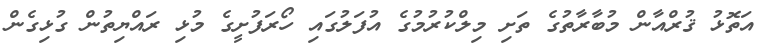
އަތޮޅު ޤުރްއާން މުބާރާތުގެ ތަށި މިލްކުރުމުގެ އުފަލުގައި ހޯރަފުށީގެ މުޅި ރައްޔިތުން ގުޅިގެން